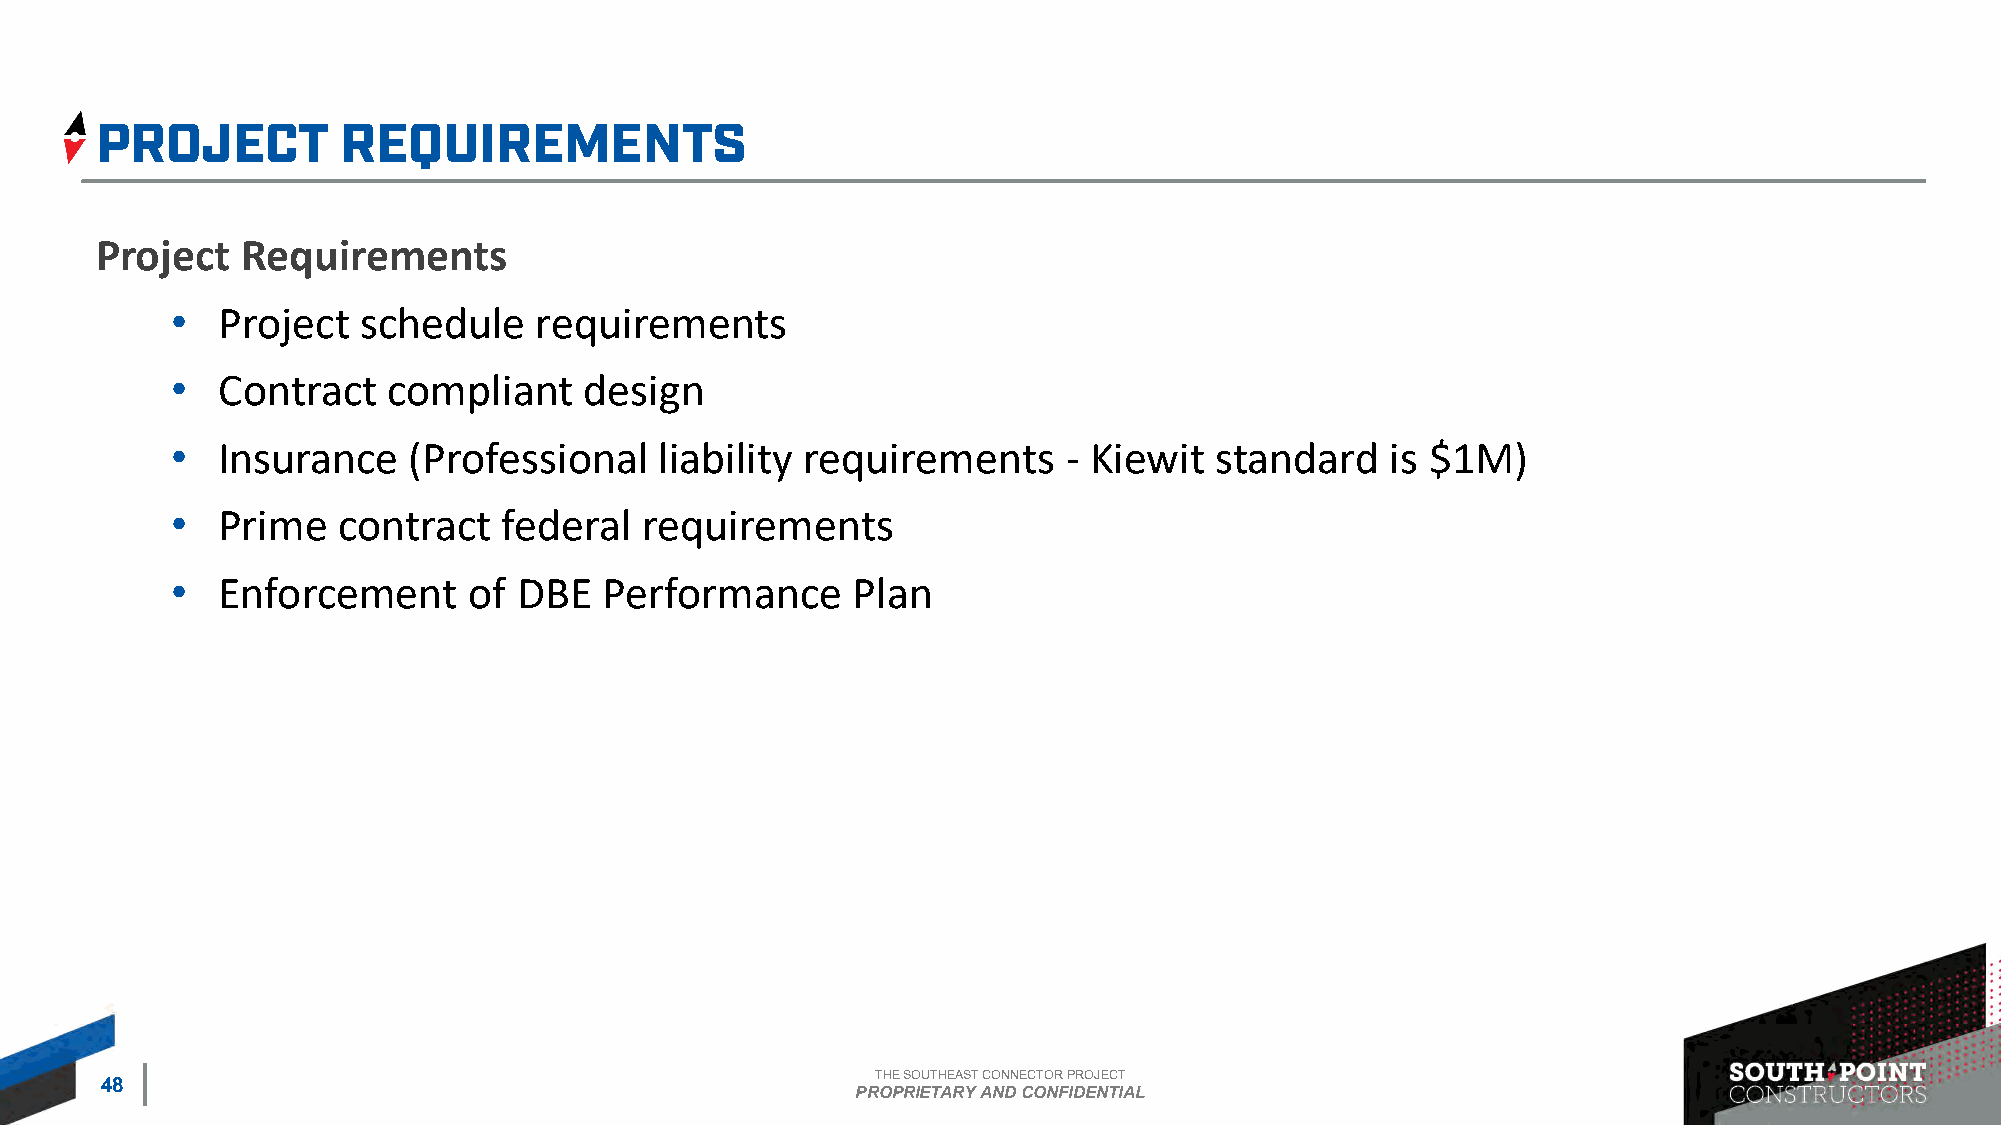
Project   Requirements
 •  Project   schedule   requirements
 •  Contract    compliant    design
 •  Insurance    (Professional    liability requirements     - Kiewit standard    is $1M)
 •  Prime   contract   federal   requirements
 •  Enforcement      of DBE   Performance     Plan
 THE SOUTHEAST CONNECTOR PROJECT
 48
 PROPRIETARY AND CONFIDENTIAL